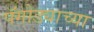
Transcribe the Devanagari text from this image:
पॅगोड्याच्या